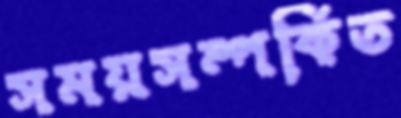
সময়সম্পর্কিত